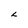
Character: L